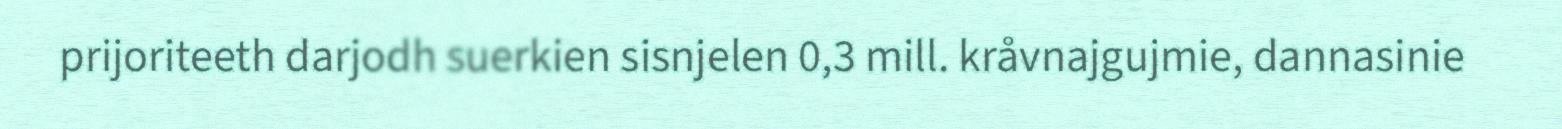
prijoriteeth darjodh suerkien sisnjelen 0,3 mill. kråvnajgujmie, dannasinie